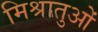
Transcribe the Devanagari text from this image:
मिश्रातुओं